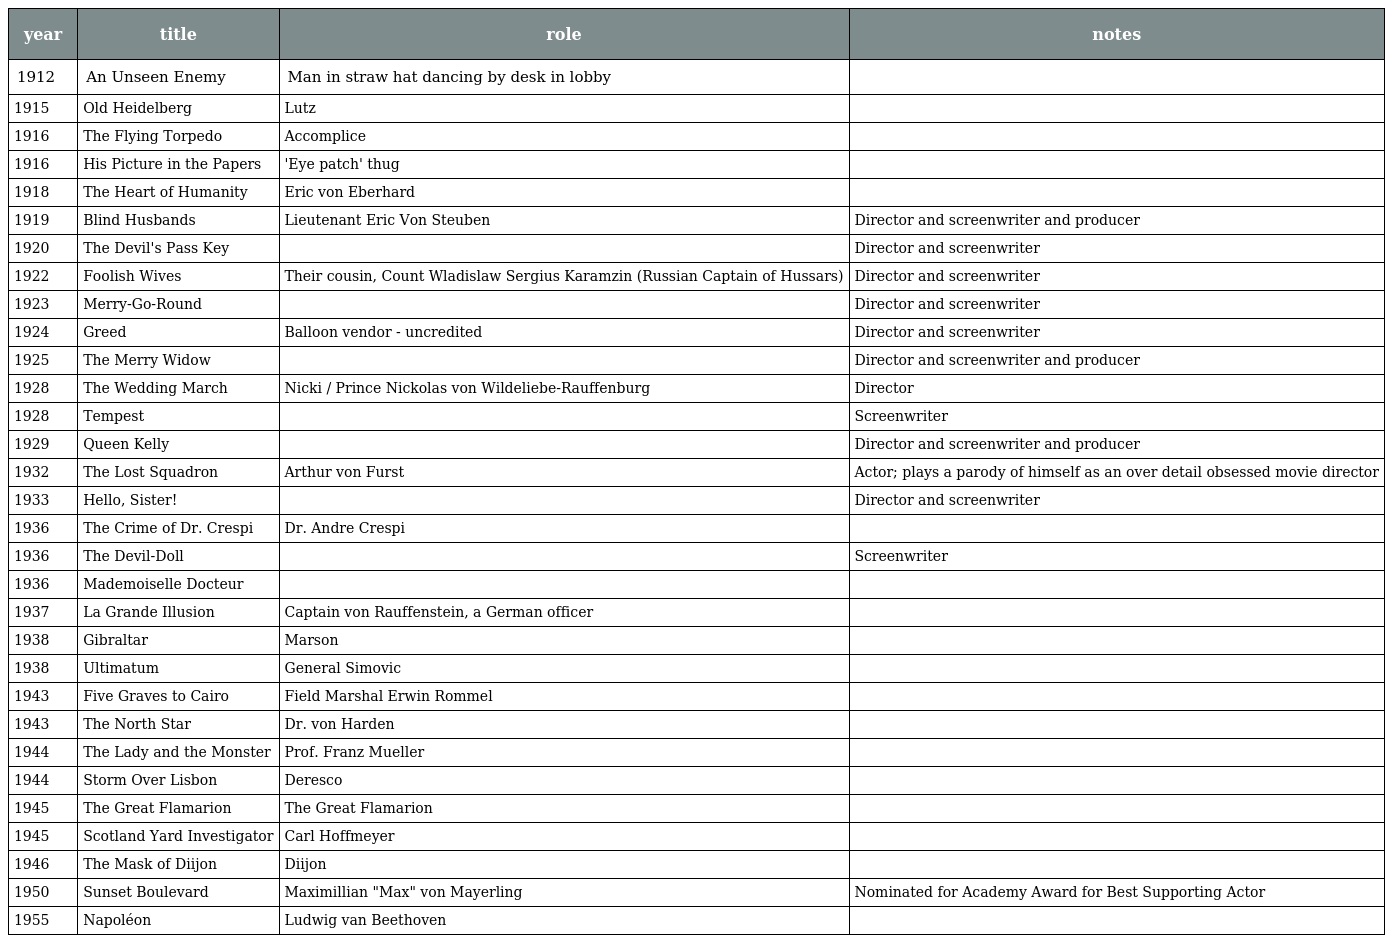
| year | title | role | notes |
 | --- | --- | --- | --- |
 | 1912 | An Unseen Enemy | Man in straw hat dancing by desk in lobby |  |
 | 1915 | Old Heidelberg | Lutz |  |
 | 1916 | The Flying Torpedo | Accomplice |  |
 | 1916 | His Picture in the Papers | 'Eye patch' thug |  |
 | 1918 | The Heart of Humanity | Eric von Eberhard |  |
 | 1919 | Blind Husbands | Lieutenant Eric Von Steuben | Director and screenwriter and producer |
 | 1920 | The Devil's Pass Key |  | Director and screenwriter |
 | 1922 | Foolish Wives | Their cousin, Count Wladislaw Sergius Karamzin (Russian Captain of Hussars) | Director and screenwriter |
 | 1923 | Merry-Go-Round |  | Director and screenwriter |
 | 1924 | Greed | Balloon vendor - uncredited | Director and screenwriter |
 | 1925 | The Merry Widow |  | Director and screenwriter and producer |
 | 1928 | The Wedding March | Nicki / Prince Nickolas von Wildeliebe-Rauffenburg | Director |
 | 1928 | Tempest |  | Screenwriter |
 | 1929 | Queen Kelly |  | Director and screenwriter and producer |
 | 1932 | The Lost Squadron | Arthur von Furst | Actor; plays a parody of himself as an over detail obsessed movie director |
 | 1933 | Hello, Sister! |  | Director and screenwriter |
 | 1936 | The Crime of Dr. Crespi | Dr. Andre Crespi |  |
 | 1936 | The Devil-Doll |  | Screenwriter |
 | 1936 | Mademoiselle Docteur |  |  |
 | 1937 | La Grande Illusion | Captain von Rauffenstein, a German officer |  |
 | 1938 | Gibraltar | Marson |  |
 | 1938 | Ultimatum | General Simovic |  |
 | 1943 | Five Graves to Cairo | Field Marshal Erwin Rommel |  |
 | 1943 | The North Star | Dr. von Harden |  |
 | 1944 | The Lady and the Monster | Prof. Franz Mueller |  |
 | 1944 | Storm Over Lisbon | Deresco |  |
 | 1945 | The Great Flamarion | The Great Flamarion |  |
 | 1945 | Scotland Yard Investigator | Carl Hoffmeyer |  |
 | 1946 | The Mask of Diijon | Diijon |  |
 | 1950 | Sunset Boulevard | Maximillian "Max" von Mayerling | Nominated for Academy Award for Best Supporting Actor |
 | 1955 | Napoléon | Ludwig van Beethoven |  |